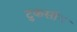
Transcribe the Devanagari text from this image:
टुकसॉन